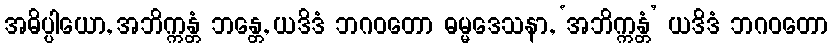
အဓိပ္ပါယော, အဘိက္ကန္တံ ဘန္တေ, ယဒိဒံ ဘဂဝတော ဓမ္မဒေသနာ, ‘အဘိက္ကန္တံ’ ယဒိဒံ ဘဂဝတော